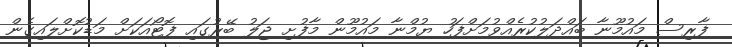
ފާރިސް މައުމޫނާ ބައްދަލުކުރެއްވުމަށްފަހު ޔުމްނާ މައުމޫން މާފުށި ޖަލު ބޭރުގައި ފޮޓޯއަކަށް މަޑުކޮށްލައިގެން